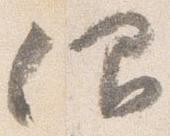
仰